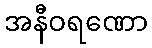
အနီဝရဏော